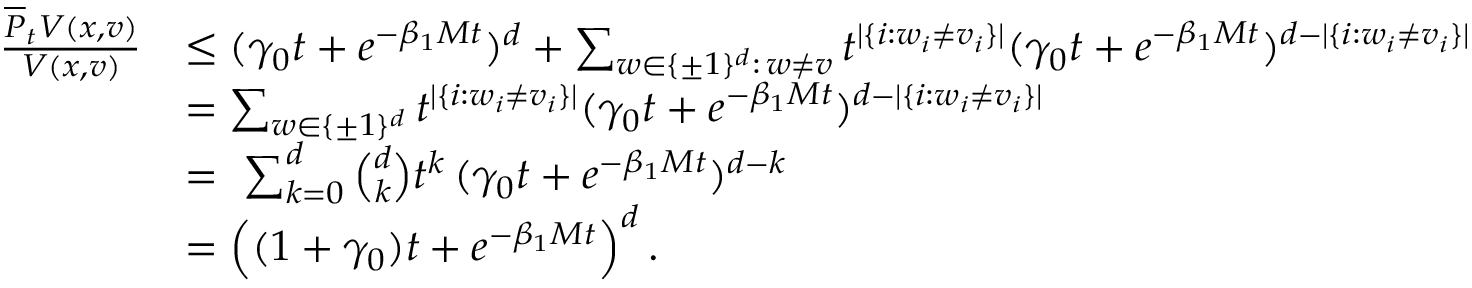
\begin{array} { r l } { \frac { \overline { { P } } _ { t } V ( x , v ) } { V ( x , v ) } } & { \leq ( \gamma _ { 0 } t + e ^ { - \beta _ { 1 } M t } ) ^ { d } + \sum _ { w \in \{ \pm 1 \} ^ { d } : \, w \neq v } t ^ { | \{ i : w _ { i } \neq v _ { i } \} | } ( \gamma _ { 0 } t + e ^ { - \beta _ { 1 } M t } ) ^ { d - | \{ i : w _ { i } \neq v _ { i } \} | } } \\ & { = \sum _ { w \in \{ \pm 1 \} ^ { d } } t ^ { | \{ i : w _ { i } \neq v _ { i } \} | } ( \gamma _ { 0 } t + e ^ { - \beta _ { 1 } M t } ) ^ { d - | \{ i : w _ { i } \neq v _ { i } \} | } } \\ & { = \, \, \sum _ { k = 0 } ^ { d } \binom { d } { k } t ^ { k } \, ( \gamma _ { 0 } t + e ^ { - \beta _ { 1 } M t } ) ^ { d - k } } \\ & { = \left( ( 1 + \gamma _ { 0 } ) t + e ^ { - \beta _ { 1 } M t } \right) ^ { d } . } \end{array}